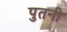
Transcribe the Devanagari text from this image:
पुतनी